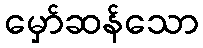
မှော်ဆန်သော